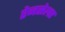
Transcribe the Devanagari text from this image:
रेनसेलर